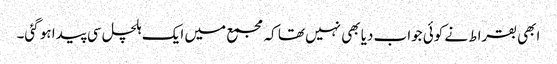
ابھی بقراط نے کوئی جواب دیا بھی نہیں تھا کہ مجمع میں ایک ہلچل سی پیدا ہو گئی۔